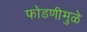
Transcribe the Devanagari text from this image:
फोडणीमुळे